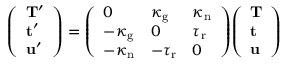
{ \left( \begin{array} { l } { \mathbf { T } ^ { \prime } } \\ { \mathbf { t } ^ { \prime } } \\ { \mathbf { u } ^ { \prime } } \end{array} \right) } = { \left( \begin{array} { l l l } { 0 } & { \kappa _ { \mathrm { g } } } & { \kappa _ { \mathrm { n } } } \\ { - \kappa _ { \mathrm { g } } } & { 0 } & { \tau _ { \mathrm { r } } } \\ { - \kappa _ { \mathrm { n } } } & { - \tau _ { \mathrm { r } } } & { 0 } \end{array} \right) } { \left( \begin{array} { l } { \mathbf { T } } \\ { \mathbf { t } } \\ { \mathbf { u } } \end{array} \right) }